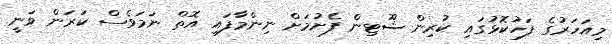
މިއަހަރުގެ ފަހުކޮޅުގައި ކުރިން ޝޫޓިން ފެށުމަށް ނިންމާފައި އޮތް ނަމަވެސް ކަރަން ވަނީ